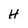
Character: H